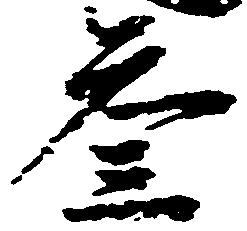
参